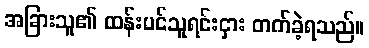
အခြားသူ၏ ထန်းပင်သူရင်းငှား တက်ခဲ့ရသည်။